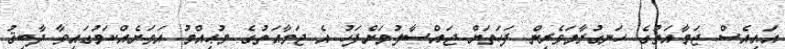
އައިއެސް ޖަމާއަތުގެ ހަނގުރާމަވެރިން ފަހަތަށް ޖައްސާލުމަށްފަހު އެ ޖަމާއަތުގެ މުޙިއްމު އަވަށެއްކަމުގައިވާ ދާބިޤު